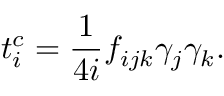
t _ { i } ^ { c } = \frac { 1 } { 4 i } f _ { i j k } { { \gamma } } _ { j } { { \gamma } } _ { k } .